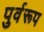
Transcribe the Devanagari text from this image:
पुर्वरूप